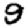
Digit: 9